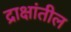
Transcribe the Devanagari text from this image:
द्राक्षांतील